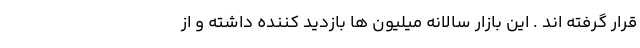
قرار گرفته اند . این بازار سالانه میلیون ها بازدید کننده داشته و از